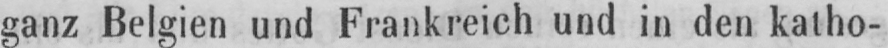
ganz Belgien und Frankreich und in den katho-